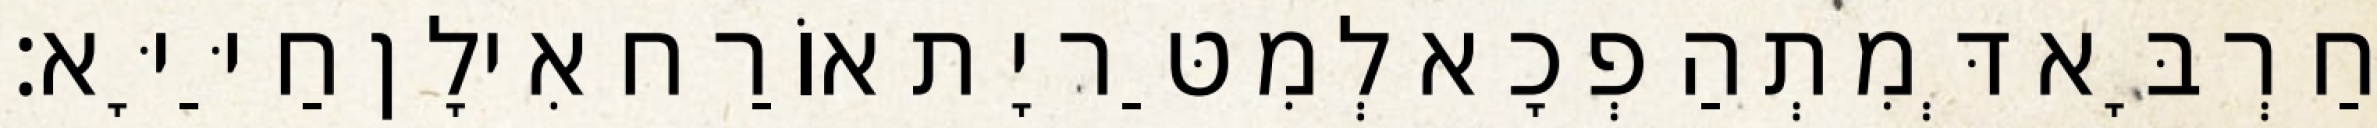
חַרְבָּא דְּמִתְהַפְכָא לְמִטַּר יָת אוֹרַח אִילָן חַיַּיָּא׃